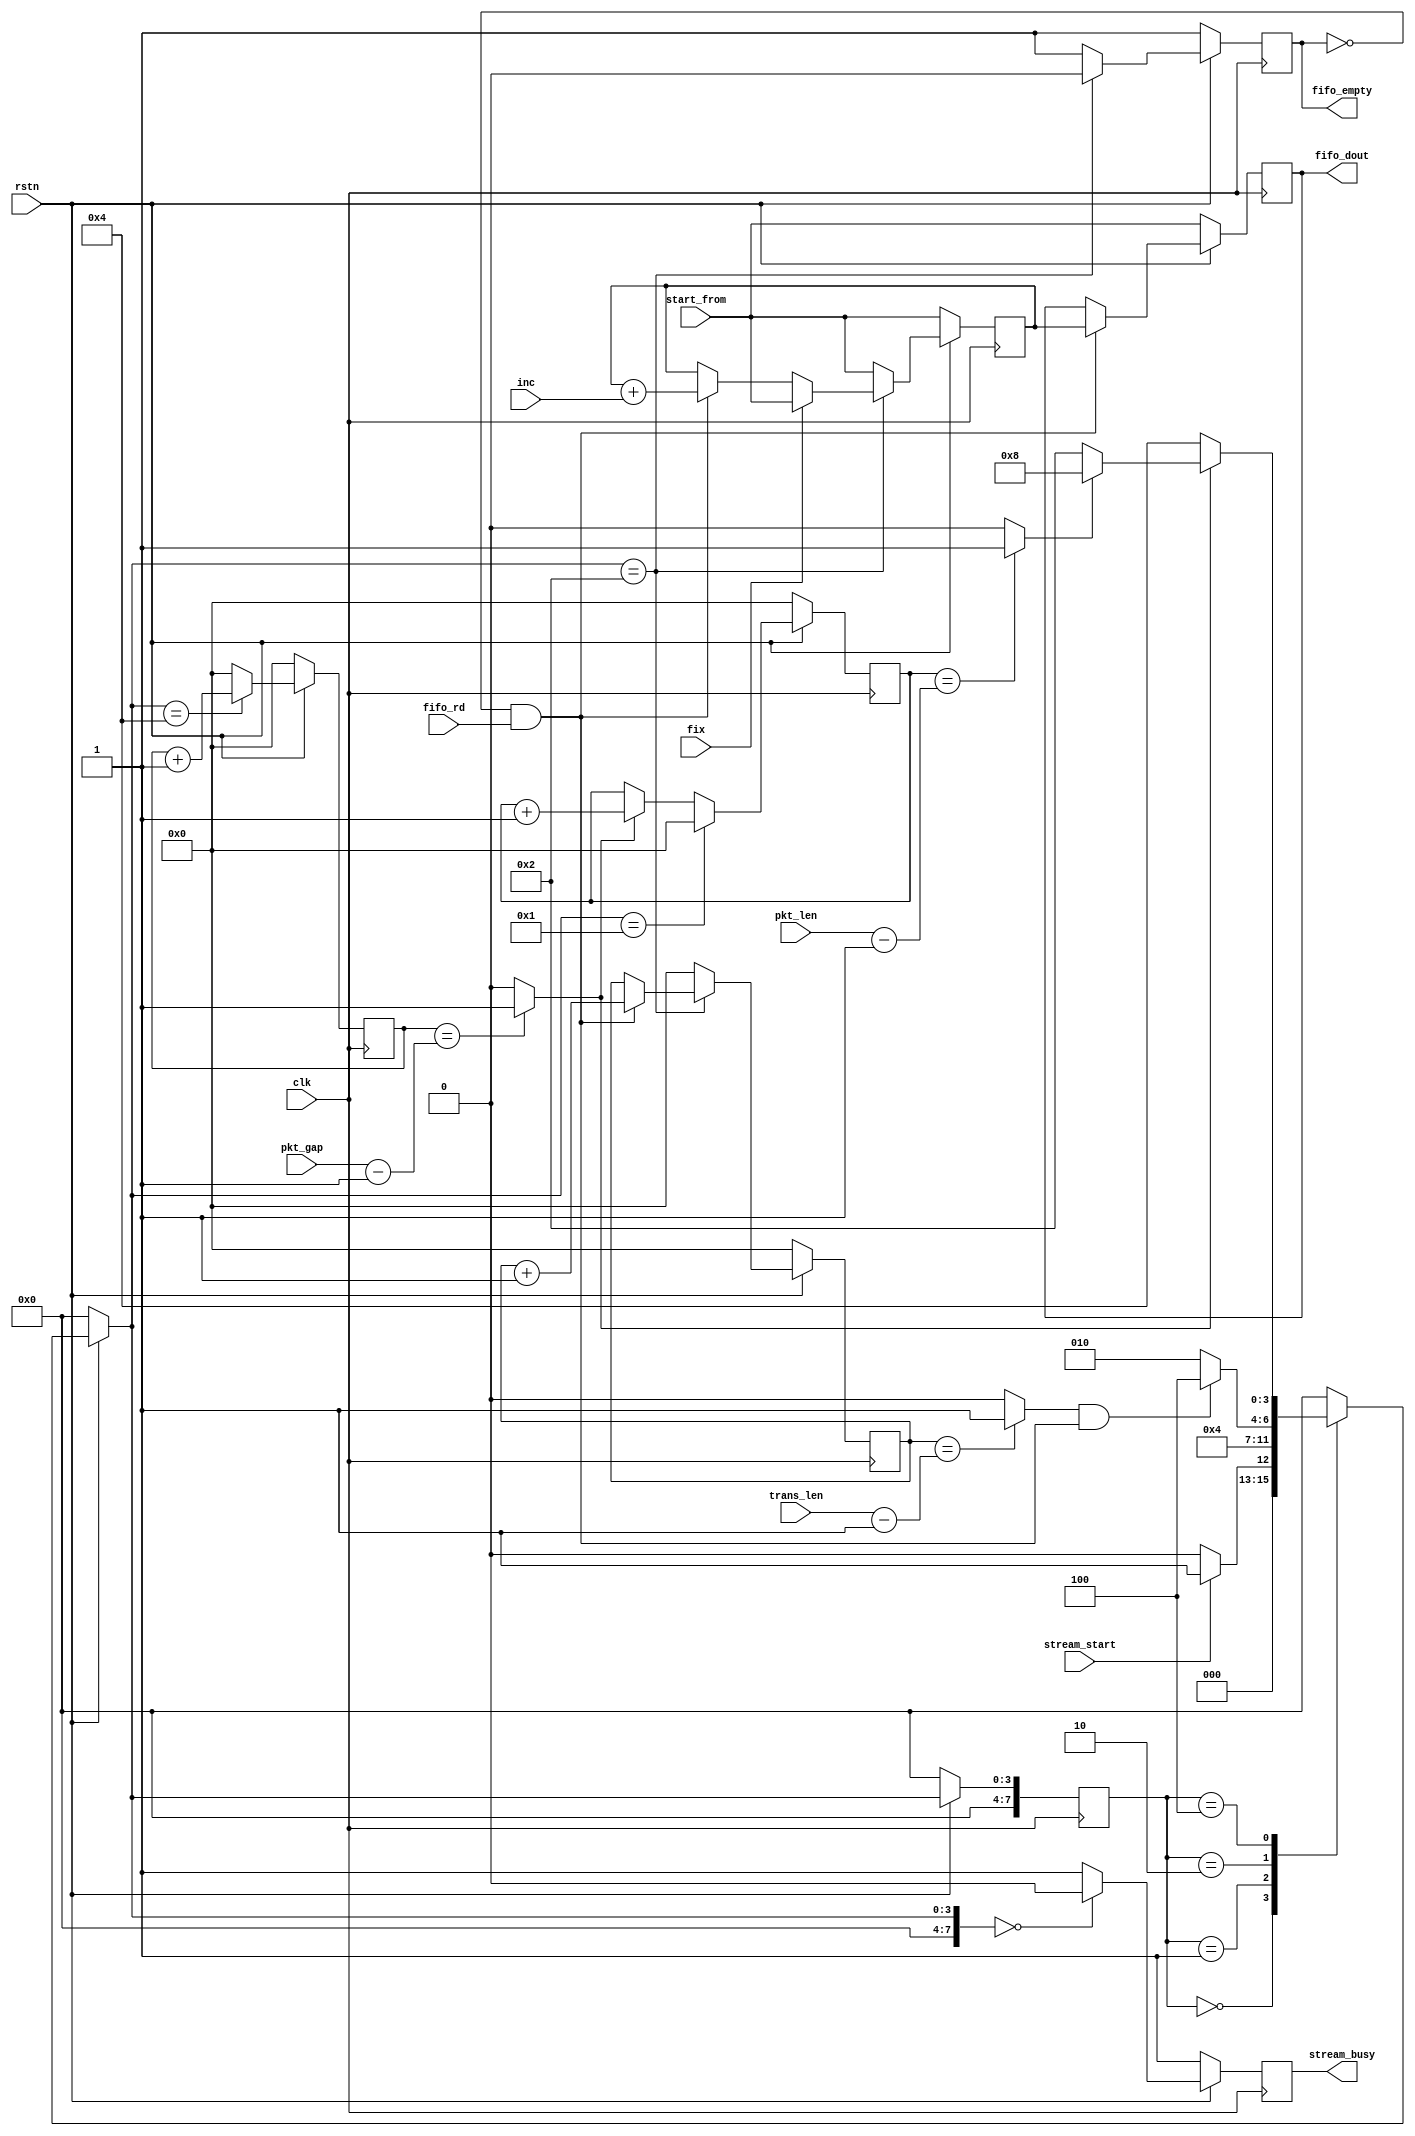
// verilog_format: off
`resetall
`timescale 1ns / 1ps
`default_nettype none
// verilog_format: on

module fifo_master #(
    parameter TBYTE_NUM = 16
) (
    input wire clk,  //
    input wire rstn, //

    input wire [               31:0] pkt_gap,     //
    input wire [               31:0] pkt_len,     //
    input wire [               31:0] trans_len,   //
    input wire [(TBYTE_NUM*8-1) : 0] start_from,  //
    input wire [(TBYTE_NUM*8-1) : 0] inc,         //
    input wire                       fix,         //

    input  wire stream_start,  //
    output reg  stream_busy,   //

    input  wire                       fifo_rd,     //
    output reg                        fifo_empty,  //
    output reg  [(TBYTE_NUM*8-1) : 0] fifo_dout    //
);

    localparam FSM_IDLE = 8'h0;
    localparam FSM_PREPARE = 8'h1;
    localparam FSM_PKT = 8'h2;
    localparam FSM_GAP = 8'h4;
    localparam FSM_END = 8'h8;

    reg  [31:0] pkt_cnt;
    wire        pkt_end;

    reg  [31:0] trans_cnt;
    wire        trans_end;

    reg  [31:0] gap_cnt;
    wire        gap_end;

    reg  [ 7:0] c_state;
    reg  [ 7:0] n_state;

    wire        active;

    assign active    = ~fifo_empty & fifo_rd;
    assign trans_end = (trans_cnt == (trans_len - 1)) ? 1'b1 : 1'b0;
    assign pkt_end   = (pkt_cnt == (pkt_len - 1)) ? 1'b1 : 1'b0;
    assign gap_end   = (gap_cnt == (pkt_gap - 1)) ? 1'b1 : 1'b0;

    always @(posedge clk) begin
        if (!rstn) begin
            c_state <= FSM_IDLE;
        end else begin
            c_state <= n_state;
        end
    end

    always @(*) begin
        if (!rstn) begin
            n_state = FSM_IDLE;
        end else begin
            case (c_state)
                FSM_IDLE: begin
                    if (stream_start) begin
                        n_state = FSM_PREPARE;
                    end else begin
                        n_state = FSM_IDLE;
                    end
                end
                FSM_PREPARE: begin
                    n_state = FSM_PKT;
                end
                FSM_PKT: begin
                    if (trans_end & active) begin
                        n_state = FSM_GAP;
                    end else begin
                        n_state = FSM_PKT;
                    end
                end
                FSM_GAP: begin
                    if (gap_end) begin
                        if (pkt_end) begin
                            n_state = FSM_END;
                        end else begin
                            n_state = FSM_PKT;
                        end
                    end else begin
                        n_state = FSM_GAP;
                    end
                end
                default: n_state = FSM_IDLE;
            endcase
        end
    end

    always @(posedge clk) begin
        if (!rstn) begin
            trans_cnt <= 0;
        end else begin
            case (n_state)
                FSM_PKT: begin
                    if (active) begin
                        trans_cnt <= trans_cnt + 1;
                    end
                end
                default: begin
                    trans_cnt <= 0;
                end
            endcase
        end
    end

    always @(posedge clk) begin
        if (!rstn) begin
            pkt_cnt <= 0;
        end else begin
            case (n_state)
                FSM_PREPARE: begin
                    pkt_cnt <= 0;
                end
                default: begin
                    if (gap_end) begin
                        pkt_cnt <= pkt_cnt + 1;
                    end else begin
                        pkt_cnt <= pkt_cnt;
                    end
                end
            endcase
        end
    end

    always @(posedge clk) begin
        if (!rstn) begin
            gap_cnt <= 0;
        end else begin
            case (n_state)
                FSM_GAP: begin
                    gap_cnt <= gap_cnt + 1;
                end
                default: begin
                    gap_cnt <= 0;
                end
            endcase
        end
    end

    reg [(TBYTE_NUM*8-1) : 0] dout;
    always @(posedge clk) begin
        if (!rstn) begin
            dout <= start_from;
        end else begin
            case (n_state)
                FSM_PKT: begin
                    if (fix) begin
                        dout <= start_from;
                    end else begin
                        if (active) begin
                            dout <= dout + inc;
                        end else begin
                            dout <= dout;
                        end
                    end
                end
                default: begin
                    dout <= start_from;
                end
            endcase
        end
    end

    always @(posedge clk) begin
        if (!rstn) begin
            fifo_dout <= start_from;
        end else begin
            if (active) begin
                fifo_dout <= dout;
            end
        end
    end

    always @(posedge clk) begin
        if (!rstn) begin
            fifo_empty <= 1'b1;
        end else begin
            case (n_state)
                FSM_PKT: begin
                    fifo_empty <= 1'b0;
                end
                default: begin
                    fifo_empty <= 1'b1;
                end
            endcase
        end
    end

    always @(posedge clk) begin
        if (!rstn) begin
            stream_busy <= 1'b1;
        end else begin
            case (n_state)
                FSM_IDLE: begin
                    stream_busy <= 1'b0;
                end
                default: begin
                    stream_busy <= 1'b1;
                end
            endcase
        end
    end

endmodule

// verilog_format: off
`resetall
// verilog_format: on